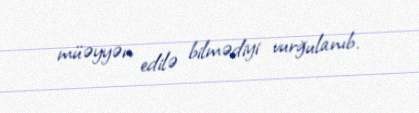
müəyyən edilə bilmədiyi vurğulanıb.